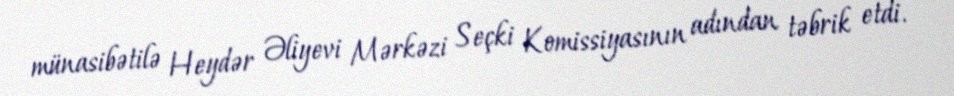
münasibətilə Heydər Əliyevi Mərkəzi Seçki Komissiyasının adından təbrik etdi.